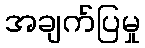
အချက်ပြမှု